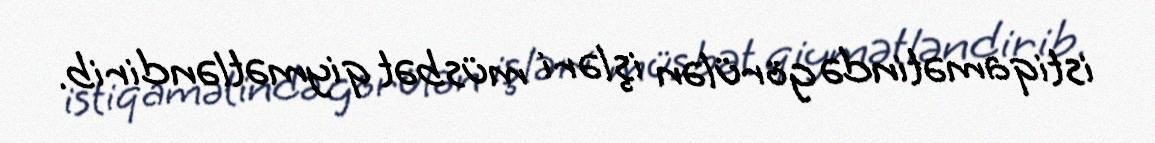
istiqamətində görülən işləri müsbət qiymətləndirib.